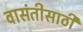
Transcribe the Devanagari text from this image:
वासंतीसाठी